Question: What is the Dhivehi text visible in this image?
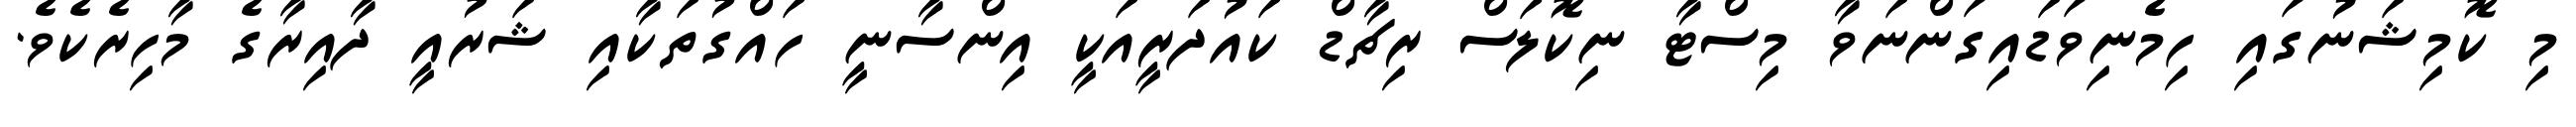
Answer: މި ކޮމިޝަނުގައި ހިމެނިވަޑައިގަންނަވާ މިސްޓާ ނިކޮލަސް ރިޗާޑް ކައުދަރީއަކީ އިންސާނީ ހައްގުތަކާއި ޝަރުއީ ދާއިރާގެ މާހިރެކެވެ.